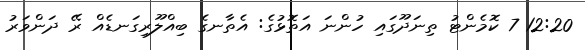
12:20 7 ކޮމެންޓު ތިނަދޫގައި ހުންނަ އަތޮޅުގެ: އެތާނގެ ބިއްލޫރިގަނޑެއް ރޭ ދަންވަރު